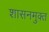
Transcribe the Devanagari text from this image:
शासनमुक्त